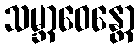
သမ္ဘာဝေန္တော